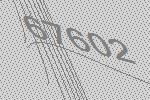
67602